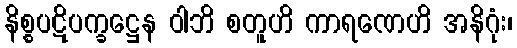
နိစ္စပဋိပက္ခဋ္ဌေန ဝါဘိ စတူဟိ ကာရဏေဟိ အနိဂုံး၊